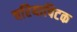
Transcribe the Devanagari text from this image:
चरियापिटक